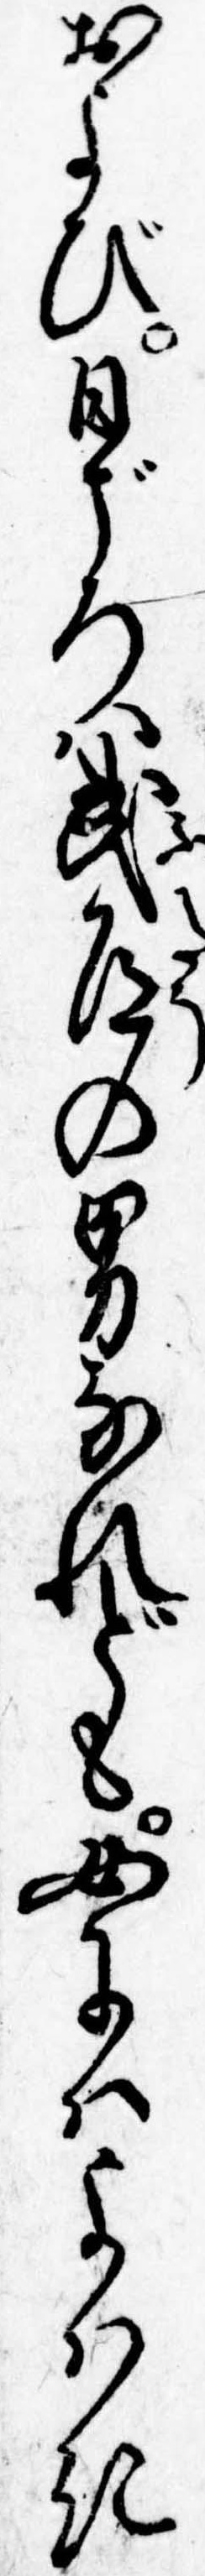
および日ごろは武道の男なれども女にはよはき